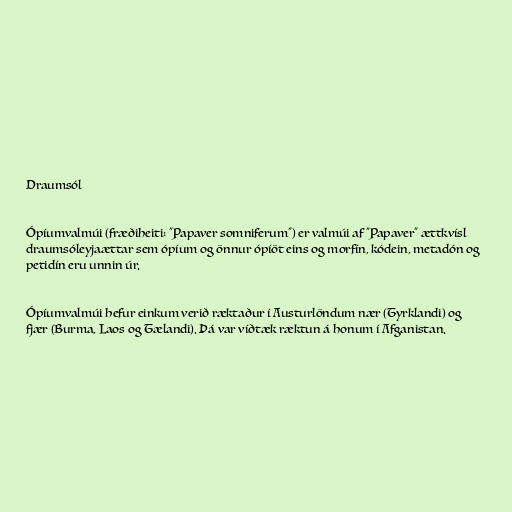
Draumsól

Ópíumvalmúi (fræðiheiti: "Papaver somniferum") er valmúi af "Papaver" ættkvísl
draumsóleyjaættar sem ópíum og önnur ópíöt eins og morfín, kódein, metadón og
petidín eru unnin úr.

Ópíumvalmúi hefur einkum verið ræktaður í Austurlöndum nær (Tyrklandi) og
fjær (Burma, Laos og Tælandi). Þá var víðtæk ræktun á honum í Afganistan.